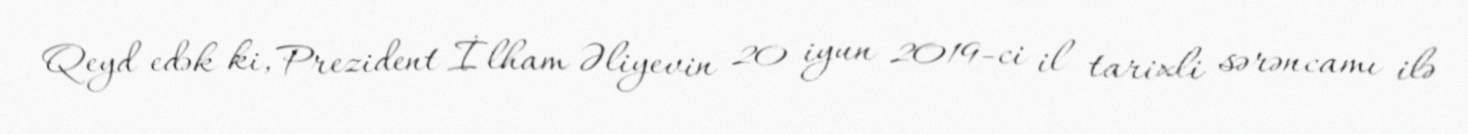
Qeyd edək ki, Prezident İlham Əliyevin 20 iyun 2019-ci il tarixli sərəncamı ilə